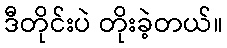
ဒီတိုင်းပဲ တိုးခဲ့တယ်။